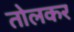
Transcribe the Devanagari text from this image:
तोलकर